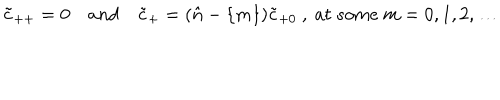
\tilde { c } _ { + + } = 0 \quad a n d \quad \tilde { c } _ { + } = ( { \hat { n } } - \{ m \} ) \tilde { c } _ { + 0 } \ , \ a t \ s o m e \ m = 0 , 1 , 2 , \dots